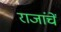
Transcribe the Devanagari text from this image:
राजांचें